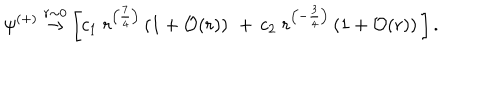
\psi ^ { ( + ) } \stackrel { r \sim 0 } { \rightarrow } \left[ c _ { 1 } \; r ^ { \left( { \frac { 7 } { 4 } } \right) } \left( 1 + { \cal O } ( r ) \right) \, \, + \, c _ { 2 } \; r ^ { \left( - { \frac { 3 } { 4 } } \right) } \left( 1 + { \cal O } ( r ) \right) \, \right] .